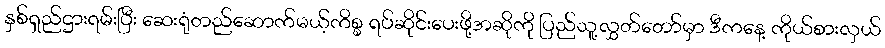
နှစ်ရှည်ဌားရမ်းပြီး ဆေးရုံတည်ဆောက်မယ့်ကိစ္စ ရပ်ဆိုင်းပေးဖို့အဆိုကို ပြည်သူ့လွှတ်တော်မှာ ဒီကနေ့ ကိုယ်စားလှယ်